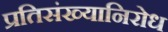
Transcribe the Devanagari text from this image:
प्रतिसंख्यानिरोध